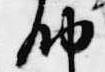
納